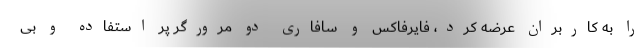
را به کاربران عرضه کرد، فایرفاکس و سافاری دو مرورگر پر استفاده و بی